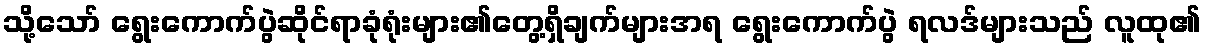
သို့သော် ရွေးကောက်ပွဲဆိုင်ရာခုံရုံးများ၏တွေ့ရှိချက်များအရ ရွေးကောက်ပွဲ ရလဒ်များသည် လူထု၏